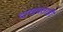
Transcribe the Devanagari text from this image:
दाखवताही